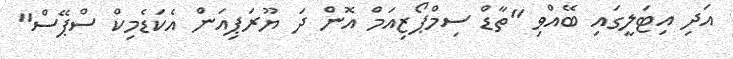
އަދި އިޓަލީގައި ބޭއްވި "ތާޑް ސިމްޕޯޒިއަމް އޮން ދަ ޔޫރަޕިއަން އެކަޑެމިކް ސްޕޭސް"